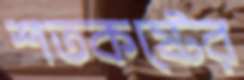
শতকষ্টের